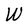
Character: W